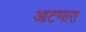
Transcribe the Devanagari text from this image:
आटणारा